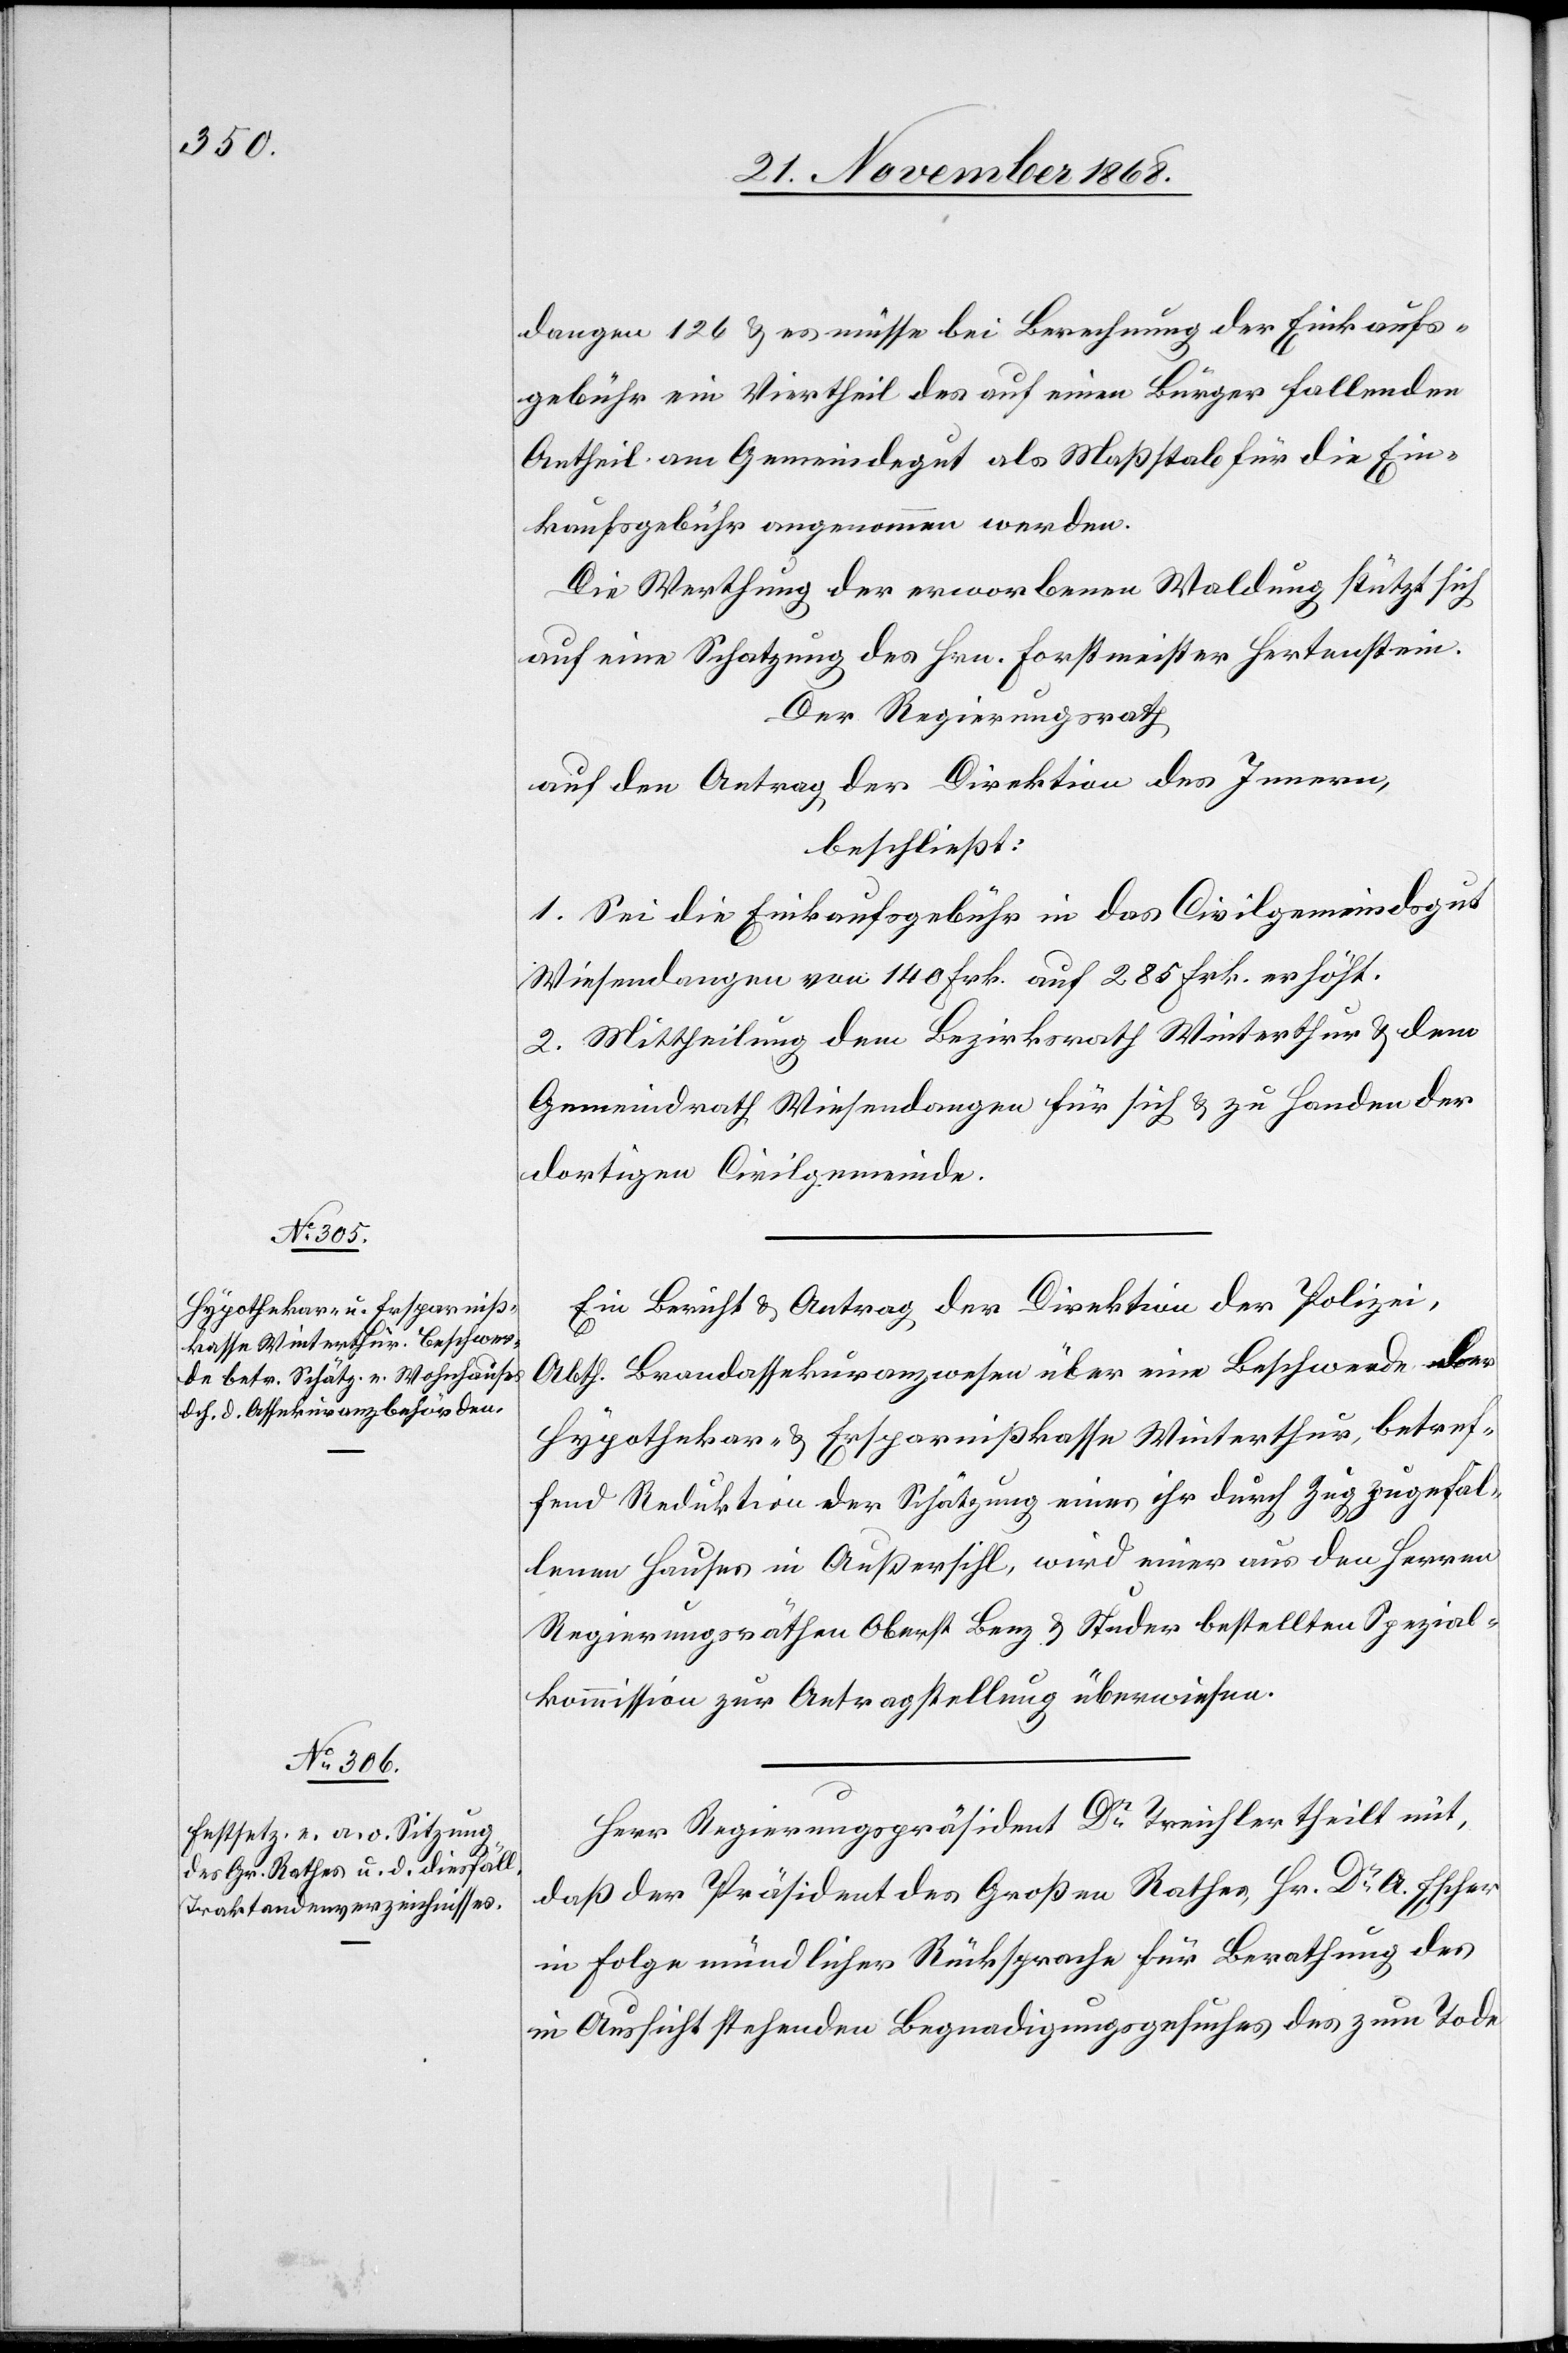
dangen 126 & es müsse bei Berechnung der Einkaufs¬
gebühr ein Viertheil des auf einen Bürger fallenden
Antheil am Gemeindegut als Maßstab für die Ein¬
kaufsgebühr angenommen werden.
Die Werthung der erworbenen Waldung stützt sich
auf eine Schatzung des Hrn. Forstmeister Hertenstein.
Der Regierungsrath,
auf den Antrag der Direktion des Innern,
beschließt:
1. Sei die Einkaufsgebühr in das Civilgemeindsgut
Wiesendangen von 140 Frk. auf 285 Frk. erhöht.
2. Mittheilung dem Bezirksrath Winterthur & dem
Gemeindrath Wiesendangen für sich & zu Handen der
dortigen Civilgemeinde.
Ein Bericht & Antrag der Direktion der Polizei,
Abth. Brandassekuranzwesen über eine Beschwerde der
Hypothekar- & Ersparnißkasse Winterthur, betref¬
fend Reduktion der Schätzung eines ihr durch Zug zugefal¬
lenen Hauses in Außersihl, wird einer aus den Herren
Regierungsräthen Oberst Benz & Studer bestellten Spezial¬
kommission zur Antragstellung überwiesen.
Herr Regierungspräsident Dr Treichler theilt mit,
daß der Präsident des Großen Rathes, Hr. Dr A. Escher
in Folge mündlicher Rücksprache für Berathung des
in Aussicht stehenden Begnadigungsgesuches des zum Tode